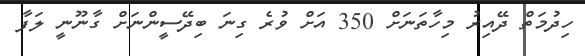
ހިދުމަތް ދޭއިރު މިހާތަނަށް 350 އަށް ވުރެ ގިނަ ބިދޭސީންނަށް ގާނޫނީ ލަފާ